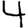
Digit: 4